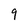
Character: q